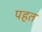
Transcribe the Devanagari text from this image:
पहत